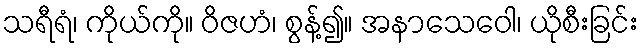
သရီရံ၊ ကိုယ်ကို။ ဝိဇဟံ၊ စွန့်၍။ အနာသေဝေါ၊ ယိုစီးခြင်း